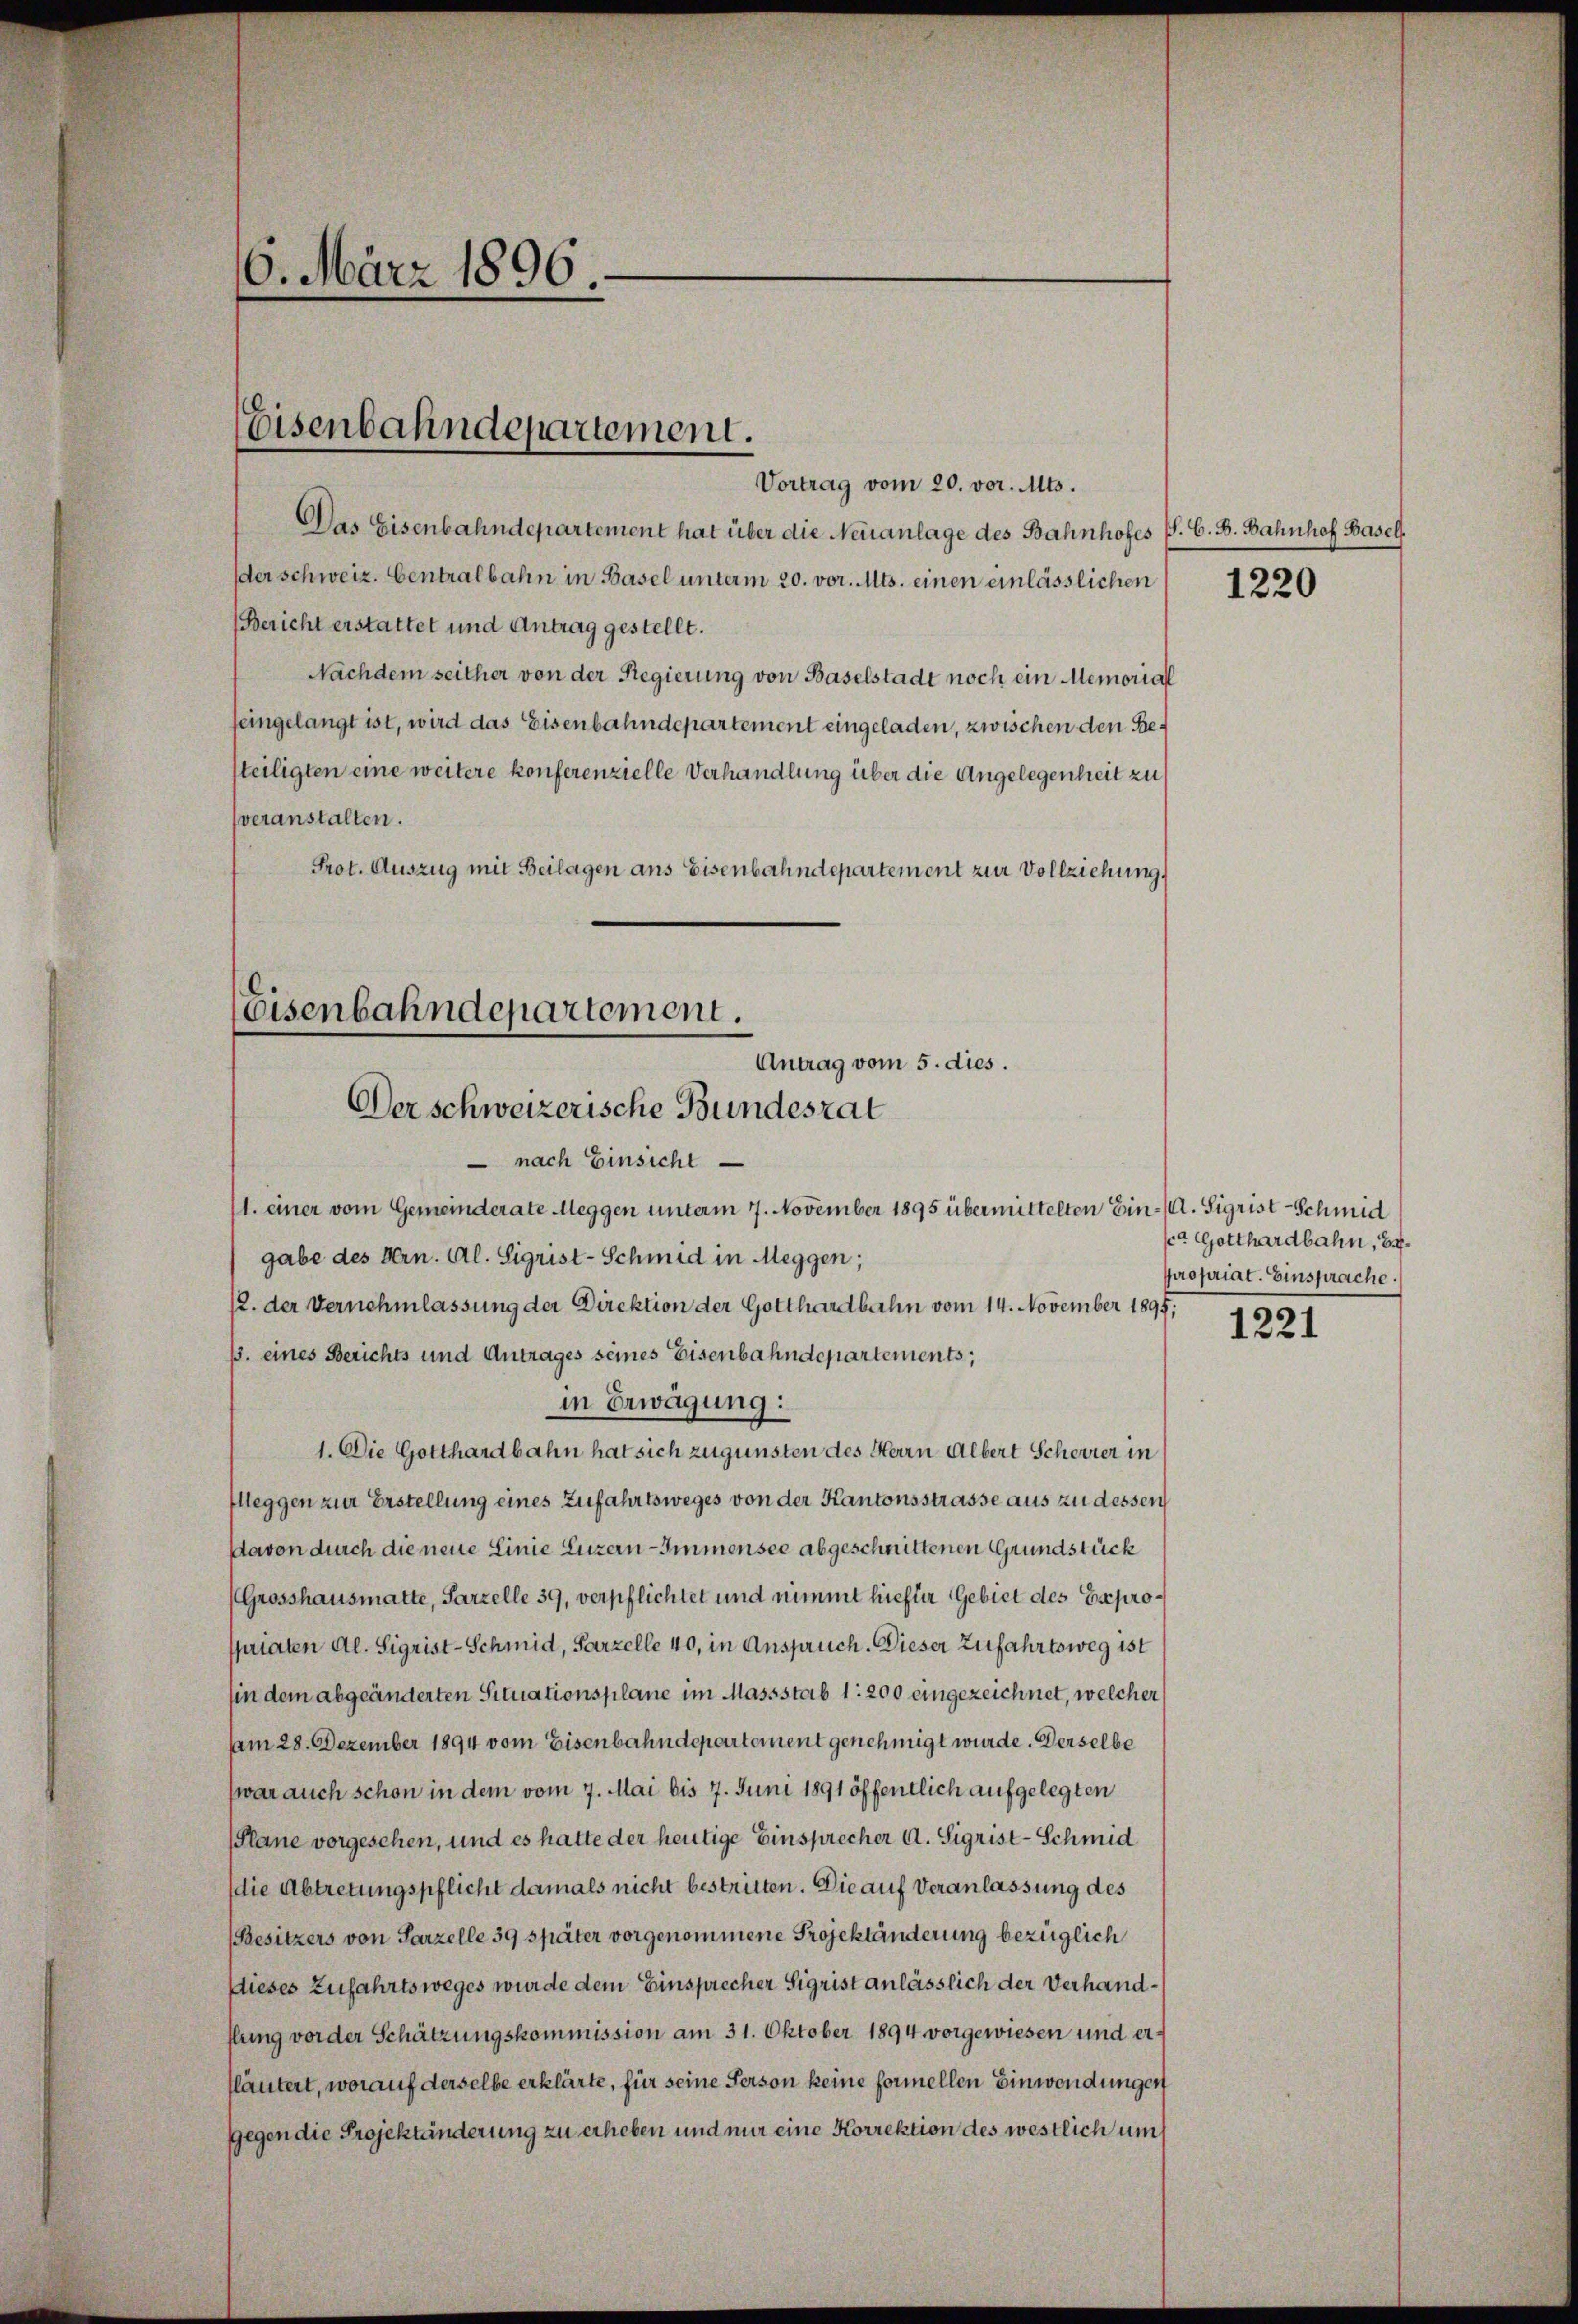
6. März 1896

Vortrag vom 20. vor. Mts.
Das Eisenbahndepartement hat über die Neuanlage des Bahnhofes P. G. B. Bahnhof Basel
der schweiz. Centralbahn in Basel unterm 20. vor. Mts. einen einlässlichen
(Bericht erstattet und Antrag gestellt.
Nachdem seither von der Regierung von Baselstadt noch ein Memorial
feingelangt ist, wird das Eisenbahndepartement eingeladen, zwischen den Besteiligten eine weitere konferenzielle Verhandlung über die Angelegenheit zu
veranstalten.
Prot. Auszug mit Beilagen ans Eisenbahndepartement zur Vollziehung

Eisenbahndepartement.

Eisenbahndepartement.
Antrag vom 5. dies.
Der schweizerische Bundesrat
 nach Einsicht
1. einer vom Gemeinderate Meggen unterm 7. November 1895 übermittelten Ein- u. Sigrist-Schmid

gabe des Hrn. Al. Sigrist-Schmid in Meggen;
12. der Vernehmlassung der Direktion der Gotthardbahn vom 14. November 1895.
B. eines Berichts und Antrages seines Eisenbahndepartements,
in Erwägung:
1. Die Gotthardbahn hat sich zugunsten des Herrn Albert Scheurer in
fleggen zur Erstellung eines Zufahrtsweges von der Kantonsstrasse aus zu dessen
Davon durch die neue Linie Luzern Immensee abgeschnittenen Grundstück
Grosshausmatte, Parzelle 39, verpflichtet und nimmt hiefür Gebiet des Expropriaten Al. Sigrist-Schmid, Parzelle 40, in Anspruch. Dieser Zufahrtsweg ist
hin dem abgeänderten Situationsplane im Massstab 1: 200 eingezeichnet, welcher
Am 28. Dezember 1894 vom Eisenbahndepartement genehmigt wurde. Derselbe
(war auch schon in dem vom 7. Mai bis 7. Juni 1891 öffentlich aufgelegten
(Plane vorgesehen, und es hatte der heutige Einsprecher A. Sigrist-Schmid
(die Abtretungspflicht damals nicht bestritten. Die auf Veranlassung des
(Besitzers von Parzelle 39 später vorgenommene Projektänderung bezüglich
Dieses Zufahrtsweges wurde dem Einsprecher Sigrist anlässlich der Verhandflung vorder Schätzungskommission am 31. Oktober 1894 vorgewiesen und erfläutert, worauf derselbe erklärte, für seine Person keine formellen Einwendungen
gegen die Projektänderung zu erheben und nur eine Korrektion des westlich um

1220

sca Gotthardbahn, Er
propriat. Einsprache.

1221